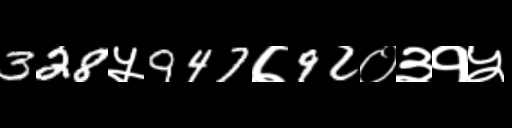
Text: 328५947७92०३१५